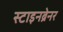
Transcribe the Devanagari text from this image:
स्टाइनब्रेनर